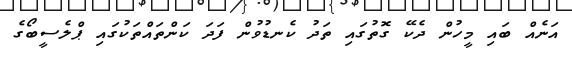
އަނެއް ބައި މީހުން ދެކޭ ގޮތުގައި ތަދު ކެނޑުވުން ފަދަ ކަންތައްތަކުގައި ޕްލެސީބޯގެ